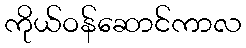
ကိုယ်ဝန်ဆောင်ကာလ